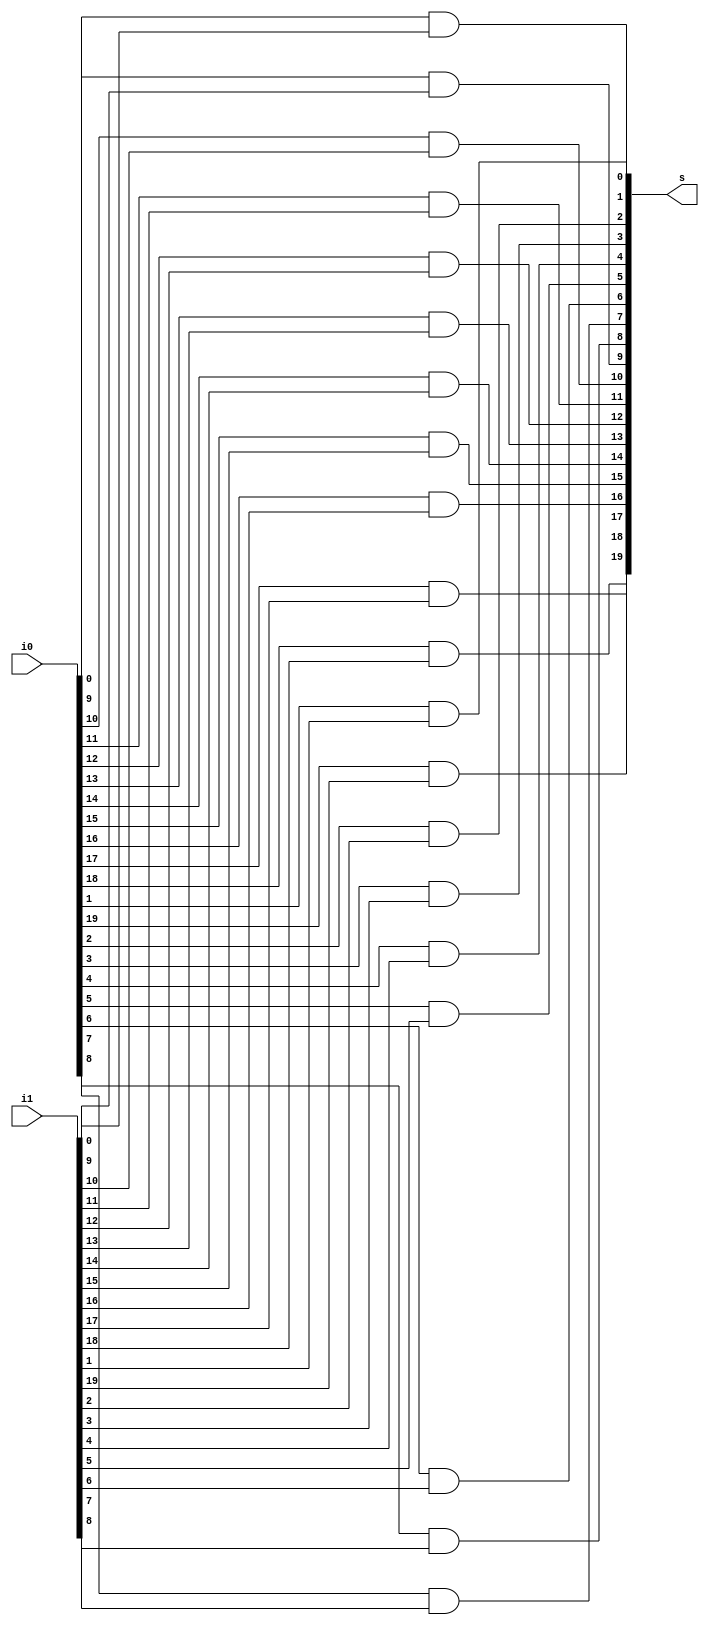
module twenty_bit_bitwise_and(
    input [19:0] i0, i1,
    output [19:0] s);

    genvar i;

    generate
        for(i = 0; i < 20; i = i + 1) begin
            and ai(s[i], i0[i], i1[i]);
        end
    endgenerate
endmodule